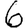
Digit: 6